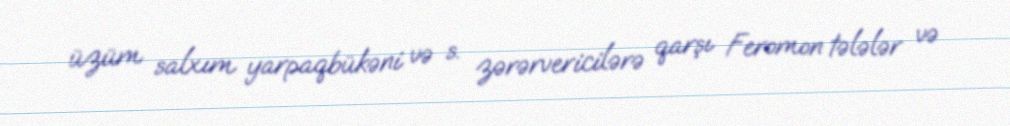
üzüm salxım yarpaqbükəni və s. zərərvericilərə qarşı Feromon tələlər və